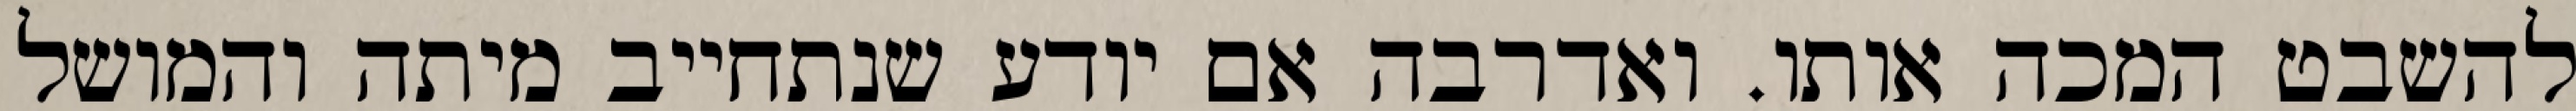
להשבט המכה אותו. ואדרבה אם יודע שנתחייב מיתה והמושל